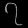
Digit: ၇